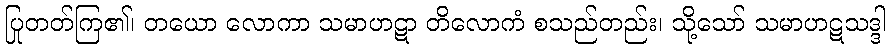
ပြုတတ်ကြ၏၊ တယော လောကာ သမာဟဋာ တိလောကံ စသည်တည်း၊ သို့သော် သမာဟဋသဒ္ဒါ